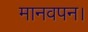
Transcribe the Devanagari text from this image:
मानवपन।